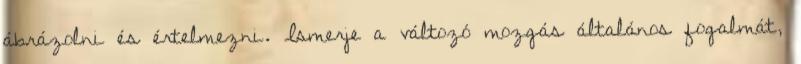
ábrázolni és értelmezni. Ismerje a változó mozgás általános fogalmát,